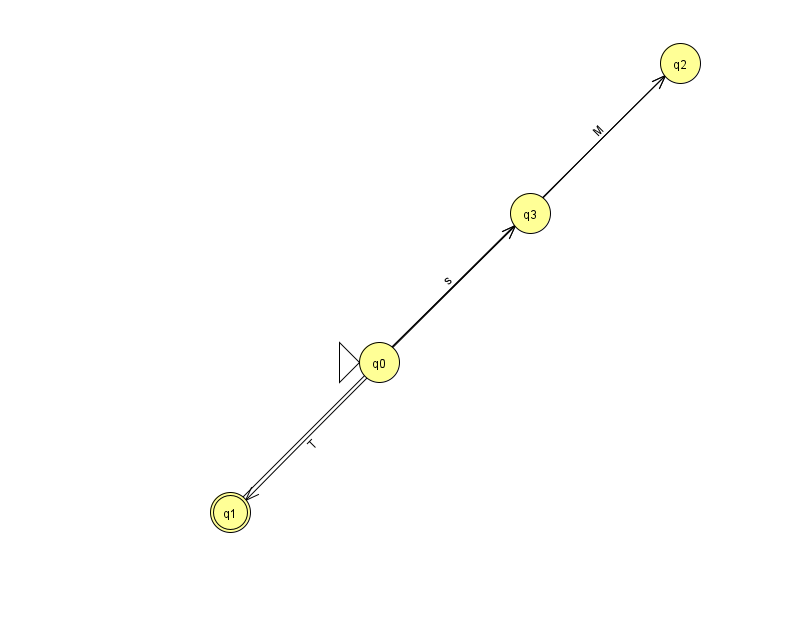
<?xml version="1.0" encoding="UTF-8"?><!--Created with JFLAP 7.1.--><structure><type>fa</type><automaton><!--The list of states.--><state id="0" name="q0"><x>379.0</x><y>349.0</y><initial/></state><state id="1" name="q1"><x>230.0</x><y>499.0</y><final/></state><state id="2" name="q2"><x>680.0</x><y>50.0</y></state><state id="3" name="q3"><x>530.0</x><y>200.0</y></state><!--The list of transitions.--><transition><from>1</from><to>3</to><read>V</read></transition><transition><from>0</from><to>1</to><read>T</read></transition><transition><from>0</from><to>3</to><read>s</read></transition><transition><from>3</from><to>2</to><read>M</read></transition><transition><from>0</from><to>2</to><read>t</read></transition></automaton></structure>